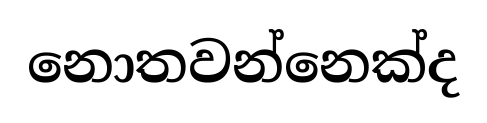
නොතවන්නෙක්ද